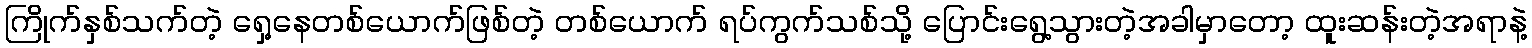
ကြိုက်နှစ်သက်တဲ့ ရှေ့နေတစ်ယောက်ဖြစ်တဲ့ တစ်ယောက် ရပ်ကွက်သစ်သို့ ပြောင်းရွေ့သွားတဲ့အခါမှာတော့ ထူးဆန်းတဲ့အရာနဲ့